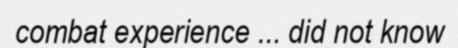
combat experience ... did not know